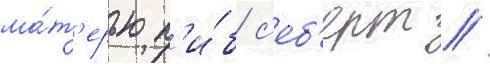
ма́т'ерью п'и́б с'еб'ерт //